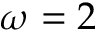
\omega = 2